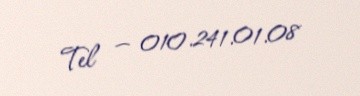
Tel — 010.241.01.08